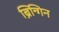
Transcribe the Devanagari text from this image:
ब्रिन्गिन